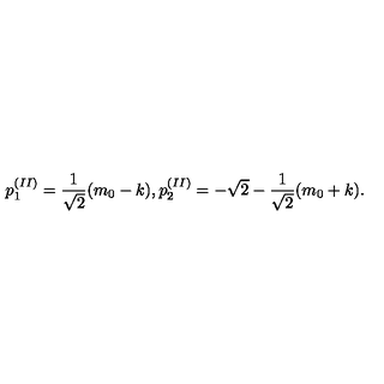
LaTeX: p _ { 1 } ^ { ( I I ) } = \frac { 1 } { \sqrt { 2 } } ( m _ { 0 } - k ) , p _ { 2 } ^ { ( I I ) } = - \sqrt { 2 } - \frac { 1 } { \sqrt { 2 } } ( m _ { 0 } + k ) .